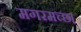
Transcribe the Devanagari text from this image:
मगरमच्छ।